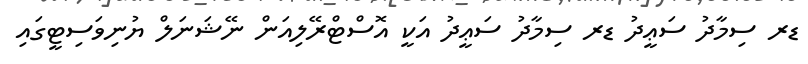
ޑރ ސިމާދު ސަޢީދު ޑރ ސިމާދު ސަޢީދު އަކީ އޮސްޓްރޭލިއަން ނޭޝަނަލް ޔުނިވަސިޓީގައި